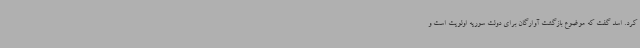
کرد. اسد گفت که موضوع بازگشت آوارگان برای دولت سوریه اولویت است و